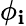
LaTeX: \phi_{\mathbf{i}}